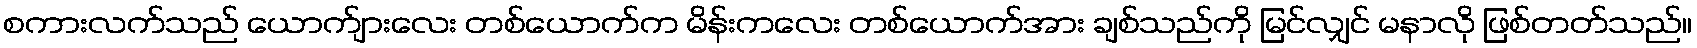
စကားလက်သည် ယောက်ျားလေး တစ်ယောက်က မိန်းကလေး တစ်ယောက်အား ချစ်သည်ကို မြင်လျှင် မနာလို ဖြစ်တတ်သည်။